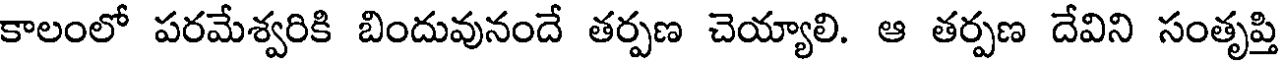
కాలంలో పరమేశ్వరికి బిందువునందే తర్పణ చెయ్యాలి. ఆ తర్పణ దేవిని సంతృప్తి